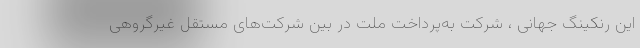
این رنکینگ جهانی ، شرکت به‌پرداخت ملت در بین شرکت‌های مستقل غیرگروهی